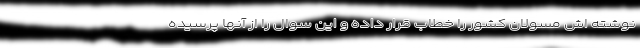
نوشته اش مسولان کشور را خطاب قرار داده و این سوال را از آنها پرسیده